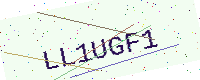
Text: LL1UGF1